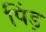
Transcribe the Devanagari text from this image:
पिंड़